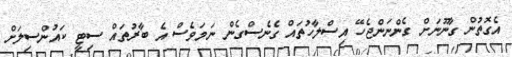
އެގޮތުން ގާނޫނަށް ގެންނަންޖެހޭ އިސްލާހުތައް ގެނެސްގެން ނަމަވެސް އެ ބާރުތައް ސިޓީ ކައުންސިލަށް